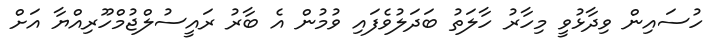
ހުސައިން ވިދާޅުވީ މިހާރު ހާލަތު ބަދަލުވެފައި ވުމުން އެ ބާރު ރައީސުލްޖުމްހޫރިއްޔާ އަށް